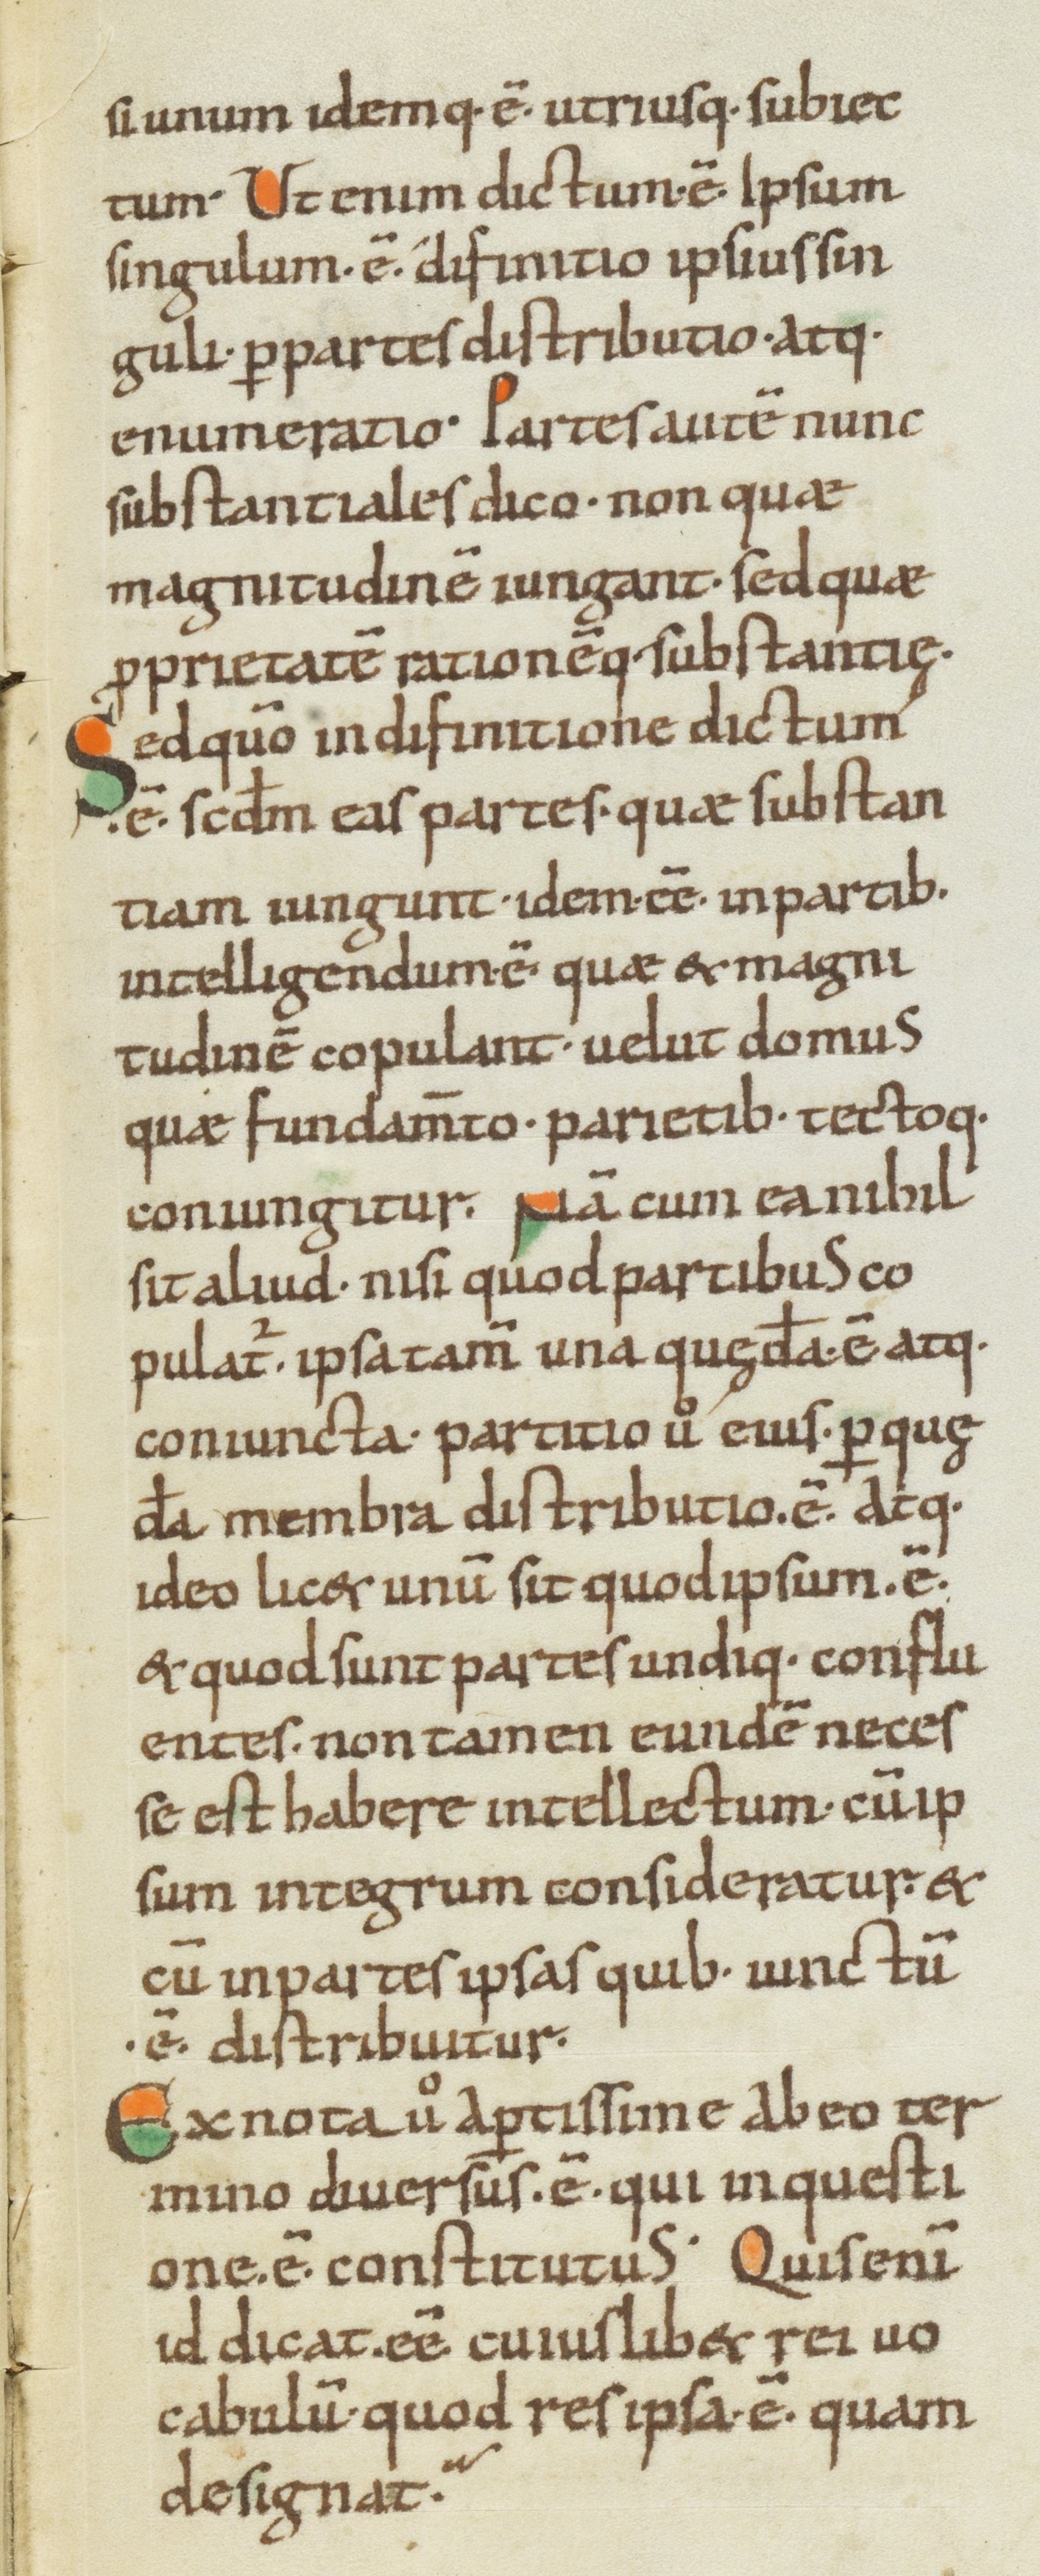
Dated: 1000–1099